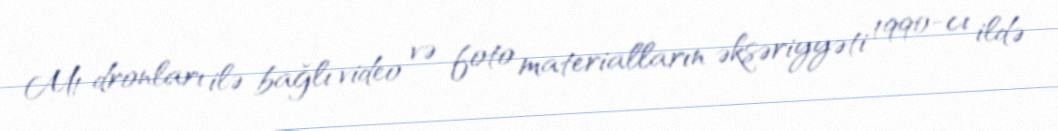
M1 dronları ilə bağlı video və foto materialların əksəriyyəti 1990-cı ildə